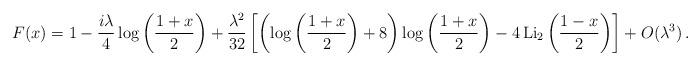
LaTeX: \begin{align*}F(x) = 1 - \frac{i\lambda}{4}\log{\left( \frac{1+x}{2}\right)} + \frac{\lambda^2}{32}\left[ \left( \log{\left( \frac{1+x}{2}\right)} +8\right) \log{\left( \frac{1+x}{2}\right)} - 4\, \mbox{Li}_2\left(\frac{1-x}{2}\right)\right] + O(\lambda^3)\,.\end{align*}